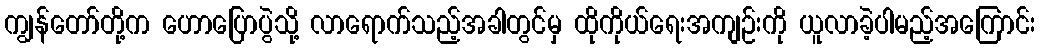
ကျွန်တော်တို့က ဟောပြောပွဲသို့ လာရောက်သည့်အခါတွင်မှ ထိုကိုယ်ရေးအကျဉ်းကို ယူလာခဲ့ပါမည့်အကြောင်း